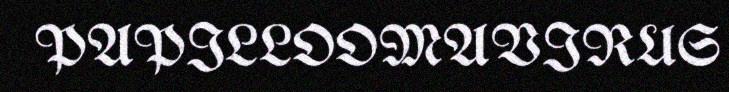
PAPILLOOMAVIRUS